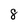
Character: 8